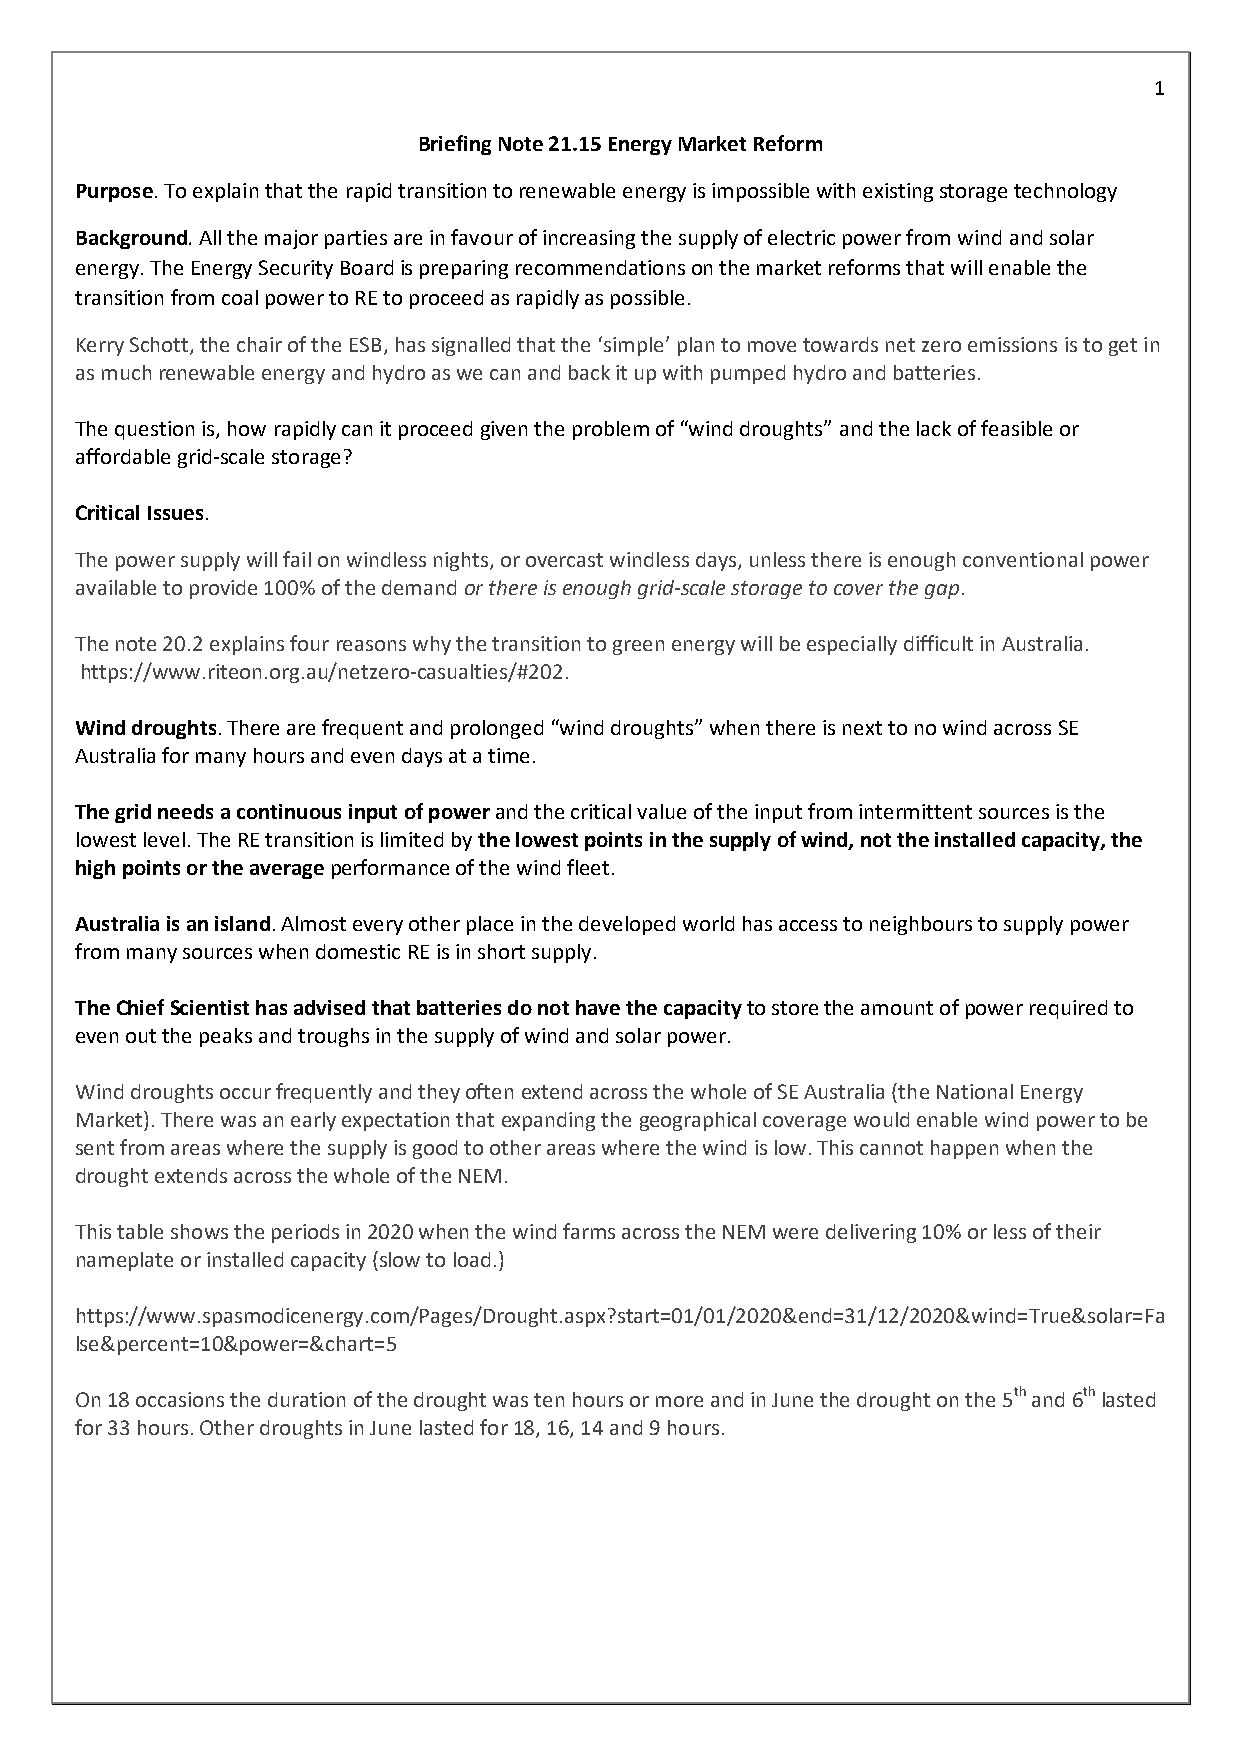
1
 Briefing Note 21.15 Energy Market Reform
 Purpose. To explain that the rapid transition to renewable energy is impossible with existing storage technology
 Background. All the major parties are in favour of increasing the supply of electric power from wind and solar
 energy. The Energy Security Board is preparing recommendations on the market reforms that will enable the
 transition from coal power to RE to proceed as rapidly as possible.
 Kerry Schott, the chair of the ESB, has signalled that the ‘simple’ plan to move towards net zero emissions is to get in
 as much renewable energy and hydro as we can and back it up with pumped hydro and batteries.
 The question is, how rapidly can it proceed given the problem of “wind droughts” and the lack of feasible or
 affordable grid-scale storage?
 Critical Issues.
 The power supply will fail on windless nights, or overcast windless days, unless there is enough conventional power
 available to provide 100% of the demand or there is enough grid-scale storage to cover the gap.
 The note 20.2 explains four reasons why the transition to green energy will be especially difficult in Australia.
 https://www.riteon.org.au/netzero-casualties/#202.
 Wind droughts. There are frequent and prolonged “wind droughts” when there is next to no wind across SE
 Australia for many hours and even days at a time.
 The grid needs a continuous input of power and the critical value of the input from intermittent sources is the
 lowest level. The RE transition is limited by the lowest points in the supply of wind, not the installed capacity, the
 high points or the average performance of the wind fleet.
 Australia is an island. Almost every other place in the developed world has access to neighbours to supply power
 from many sources when domestic RE is in short supply.
 The Chief Scientist has advised that batteries do not have the capacity to store the amount of power required to
 even out the peaks and troughs in the supply of wind and solar power.
 Wind droughts occur frequently and they often extend across the whole of SE Australia (the National Energy
 Market). There was an early expectation that expanding the geographical coverage would enable wind power to be
 sent from areas where the supply is good to other areas where the wind is low. This cannot happen when the
 drought extends across the whole of the NEM.
 This table shows the periods in 2020 when the wind farms across the NEM were delivering 10% or less of their
 nameplate or installed capacity (slow to load.)
 https://www.spasmodicenergy.com/Pages/Drought.aspx?start=01/01/2020&end=31/12/2020&wind=True&solar=Fa
 lse&percent=10&power=&chart=5
 On 18 occasions the duration of the drought was ten hours or more and in June the drought on the 5th and 6th lasted
 for 33 hours. Other droughts in June lasted for 18, 16, 14 and 9 hours.